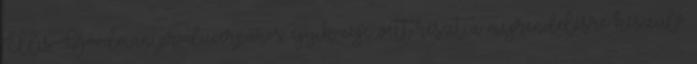
Ellis-Goodman producerpáros egyik cége vett részt a megrendelésre készülő